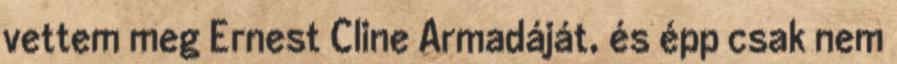
vettem meg Ernest Cline Armadáját, és épp csak nem